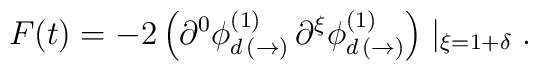
F(t) = -2 \left( \partial^{0} \phi^{(1)}_{d \, (\rightarrow)} \,  \partial^{\xi}\phi^{(1)}_{d \, (\rightarrow)} \right) \mid_{\xi = 1 + \delta}.